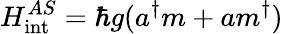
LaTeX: H_{\mathrm{{int}}}^{AS}=\hbar g(a^{\dagger}m+am^{\dagger})